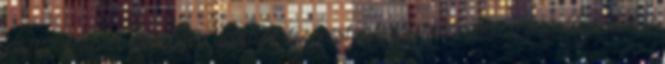
kiszabadításán munkagép dolgozik. Székesfehérvár határában a 8-as főút várost